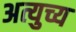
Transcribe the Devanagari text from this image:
अत्युच्य